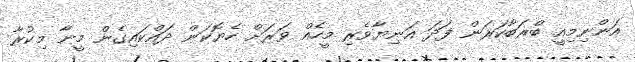
އަންނިމިއީ ބްރަބާކަރަން ފަދަ އަނިޔާވެރި މީހެއް ވަރަށް ހެޔޮކަން ދައްކައިގެން މީނާ މިކުރާ